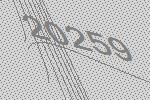
20259